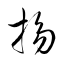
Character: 揚